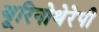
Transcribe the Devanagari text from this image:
यूरिनोथेरेपी